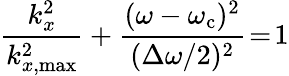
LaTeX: \frac{k_{x}^{2}}{k_{x,\mathrm{max}}^{2}}+\frac{(\omega-\omega_{\mathrm{c}})^{2}}{(\Delta\omega/2)^{2}}\! =\! 1